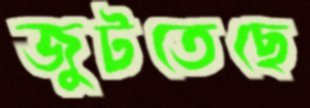
জুটতেছে